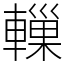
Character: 轈